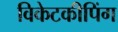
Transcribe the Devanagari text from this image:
विकेटकीपिंग